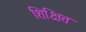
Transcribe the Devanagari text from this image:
शिक्षित